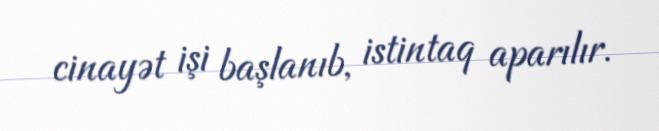
cinayət işi başlanıb, istintaq aparılır.